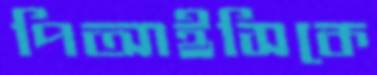
পিআইসিকে